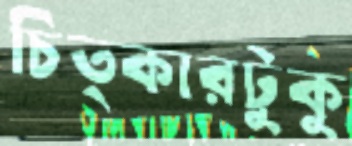
চিত্কারটুকু